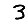
Digit: 3